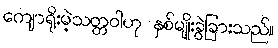
ကျောရိုးမဲ့သတ္တဝါဟု နှစ်မျိုးခွဲခြားသည်။